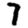
Digit: 7